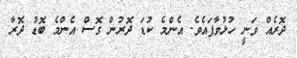
ދޮރެއް ވަނީ ހުޅުވާފައެވެ. އެންމެ ކުޑަ ދޮރުން ގޮސް އެންމެ ބޮޑު ދޮރާ